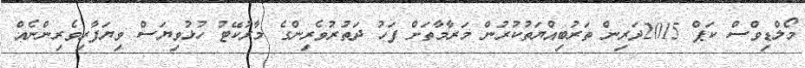
މޯލްޑިވްސް ކަޕް 2015ދަރިން ތަރުބިއްޔަތުކުރުން މަރާމާތަށް ފަހު ދަތުރުވެރިންގެ މާރުކޭޓު ހުޅުވިޔަސް ވިޔަފާރިވެރިންނެއް